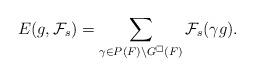
LaTeX: \begin{align*} E(g, \mathcal{F}_s) = \sum_{\gamma \in P(F) \backslash G^{\square}(F)} \mathcal{F}_s(\gamma g).\end{align*}